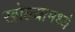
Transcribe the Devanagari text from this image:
खोल्यामध्ये